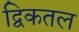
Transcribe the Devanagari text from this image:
द्विकतल